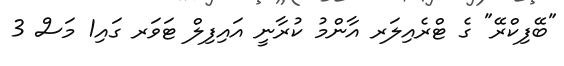
"ބޭފިކްރޭ" ގެ ޓްރެއިލަރ އާންމު ކުރާނީ އައިފިލް ޓަވަރ ގައި1 މަސް 3